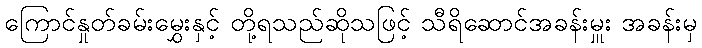
ကြောင်နှုတ်ခမ်းမွှေးနှင့် တို့ရသည်ဆိုသဖြင့် သီရိဆောင်အခန်းမှူး အခန်းမှ